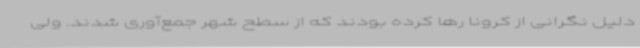
دلیل نگرانی از کرونا رها کرده بودند که از سطح شهر جمع‌آوری شدند. ولی